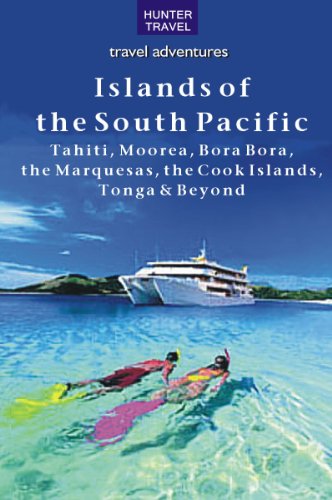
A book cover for The Islands of the South Pacific: Tahiti, Moorea, Bora Bora, the Marquesas, the Cook Islands, Tonga & Beyond (Travel Adventures); Thomas Booth; Travel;